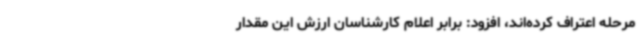
مرحله اعتراف کرده‌اند، افزود: برابر اعلام کارشناسان ارزش این مقدار